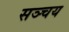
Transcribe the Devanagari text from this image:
सञ्चय